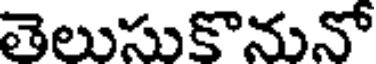
తెలుసుకొనునో